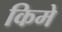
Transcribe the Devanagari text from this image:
किमे